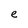
Character: e